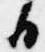
日